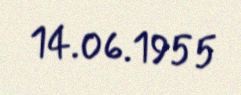
14.06.1955